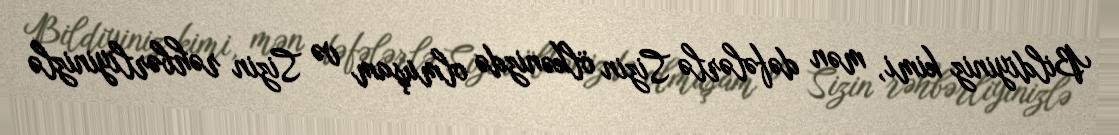
Bildiyiniz kimi, mən dəfələrlə Sizin ölkənizdə olmuşam və Sizin rəhbərliyinizlə